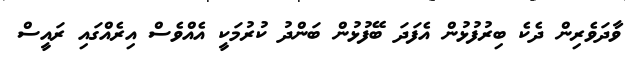
ވާދަވެރިން ދެކެ ބިރުފުޅުން އެފަދަ ބޭފުޅުން ބަންދު ކުރުމަކީ އެއްވެސް އިރެއްގައި ރައީސް